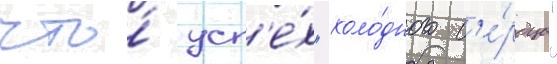
что́ усп'е́х "холо́дного с'е́рдца"